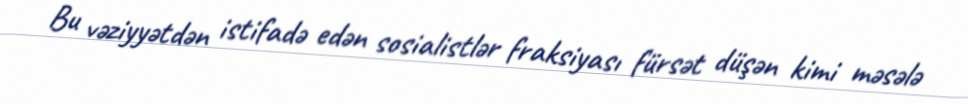
Bu vəziyyətdən istifadə edən sosialistlər fraksiyası fürsət düşən kimi məsələ